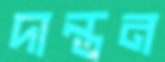
দান্তন